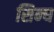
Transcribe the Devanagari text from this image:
सिन्घ